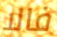
فالا